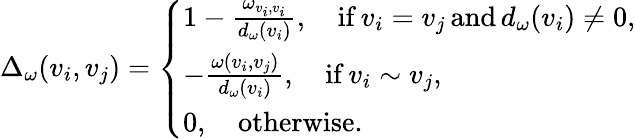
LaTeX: \Delta_{\omega}(v_{i},v_{j})=\left\{ \begin{array}{ll}{1-\frac{\omega_{v_{i},v_{i}}}{d_{\omega}(v_{i})},\quad\mathrm{if}\, v_{i}=v_{j}\, \mathrm{and}\, d_{\omega}(v_{i})\neq 0,}\\ {-\frac{\omega(v_{i},v_{j})}{d_{\omega}(v_{i})},\quad\mathrm{if}\, v_{i}\sim v_{j},}\\ {0,\quad\mathrm{otherwise}.}\end{array}\right.